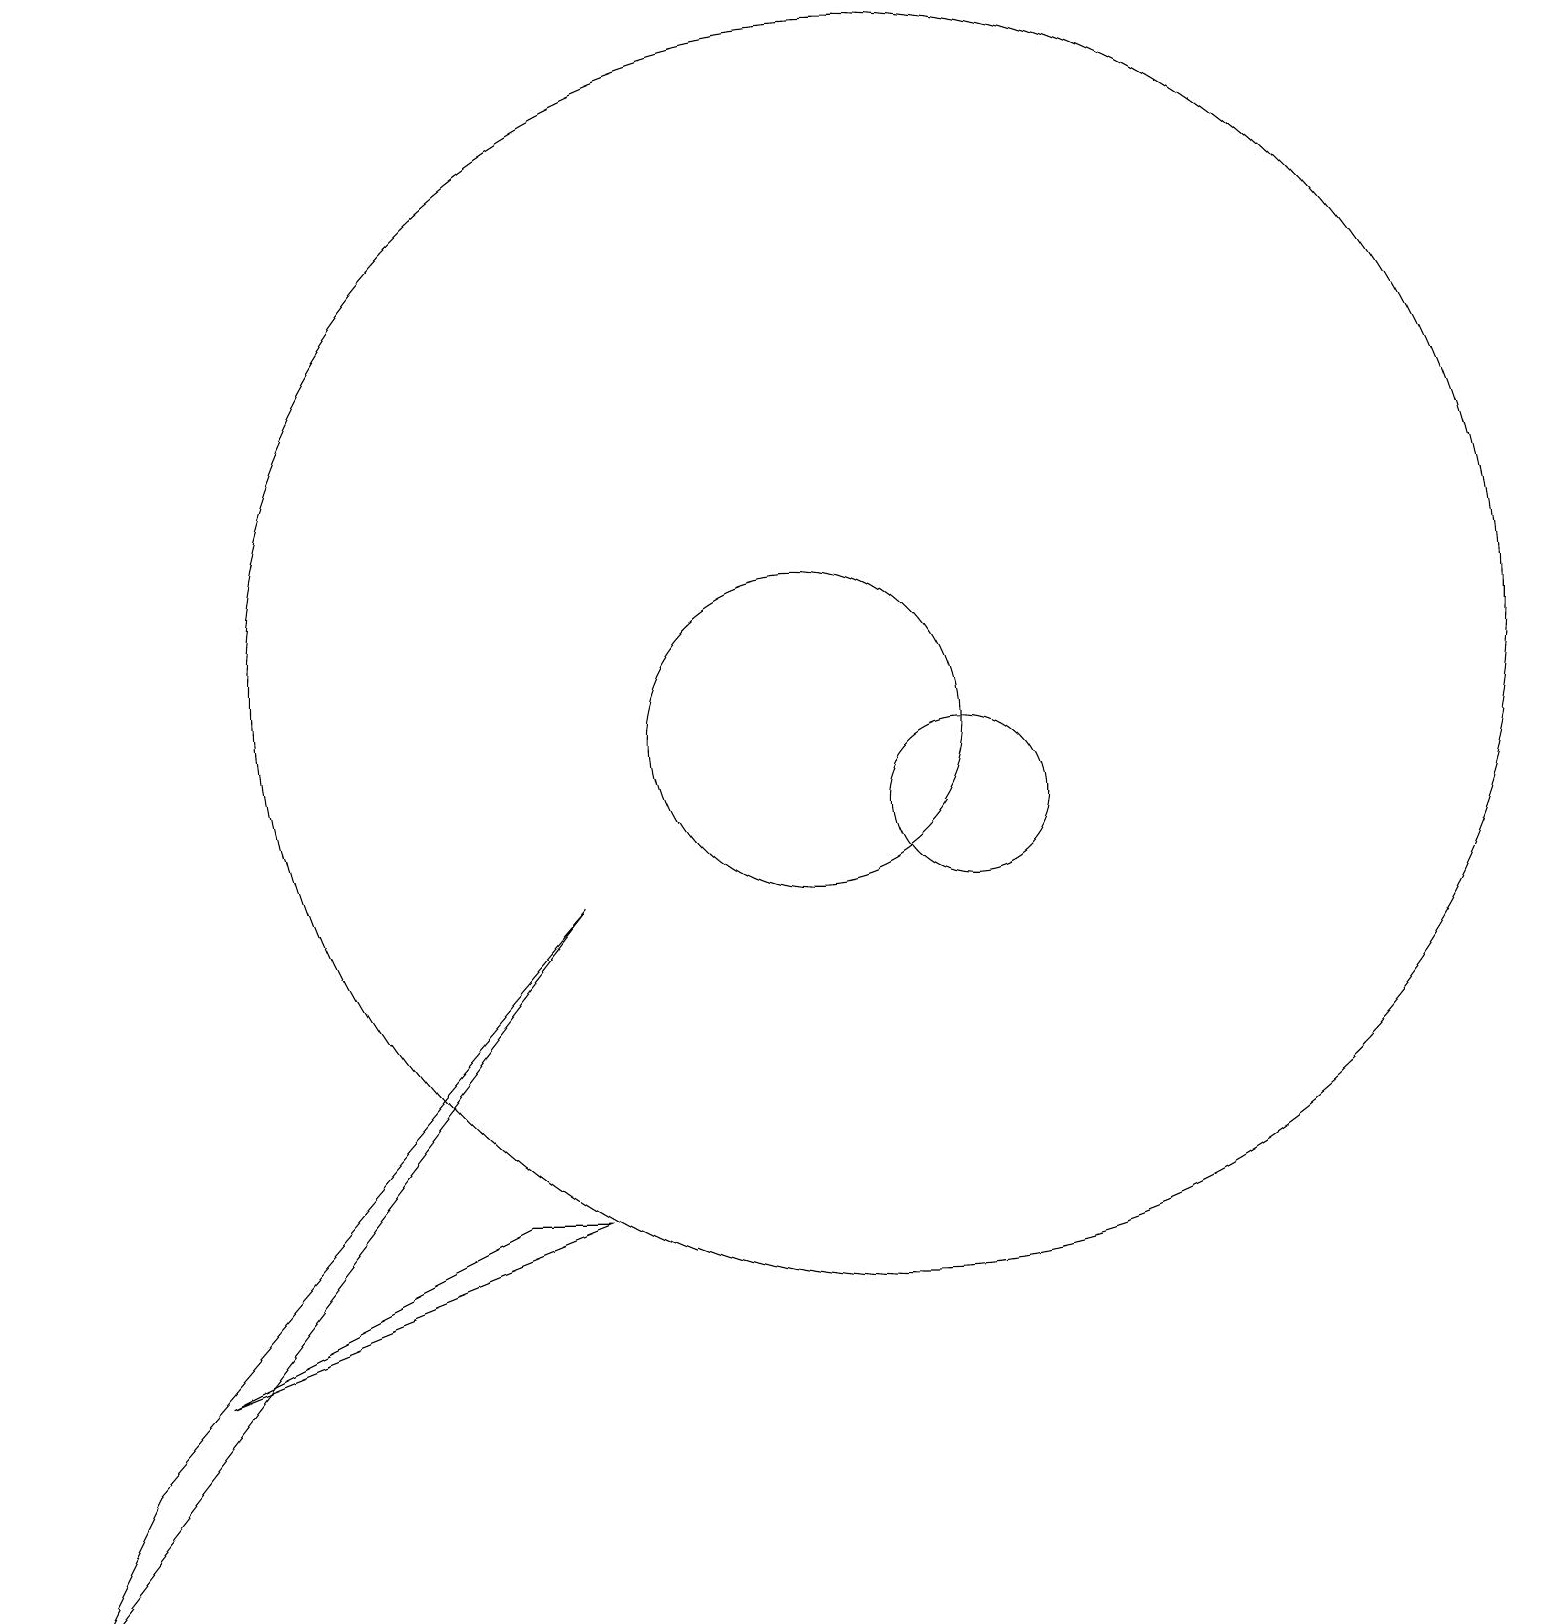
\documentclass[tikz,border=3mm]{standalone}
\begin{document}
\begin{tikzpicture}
\draw (6,5) -- (2,3) -- (7,5) -- cycle;
\draw (10,11) circle (2);
\draw (7,9) -- (0,0) -- (1,2) -- cycle;
\draw (11,12) circle (8);
\draw (12,10) circle (1);
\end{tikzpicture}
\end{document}